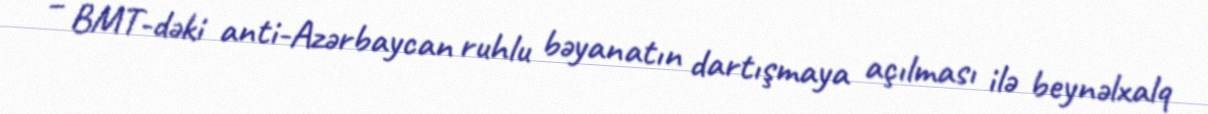
– BMT-dəki anti-Azərbaycan ruhlu bəyanatın dartışmaya açılması ilə beynəlxalq